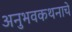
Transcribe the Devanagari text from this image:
अनुभवकथनाचे